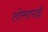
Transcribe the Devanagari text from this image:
लोभापाई